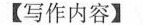
【写作内容】